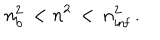
n _ { \mathrm { b } } ^ { 2 } \, < n ^ { 2 } \, < \, n _ { \mathrm { i n f } } ^ { 2 } \, .